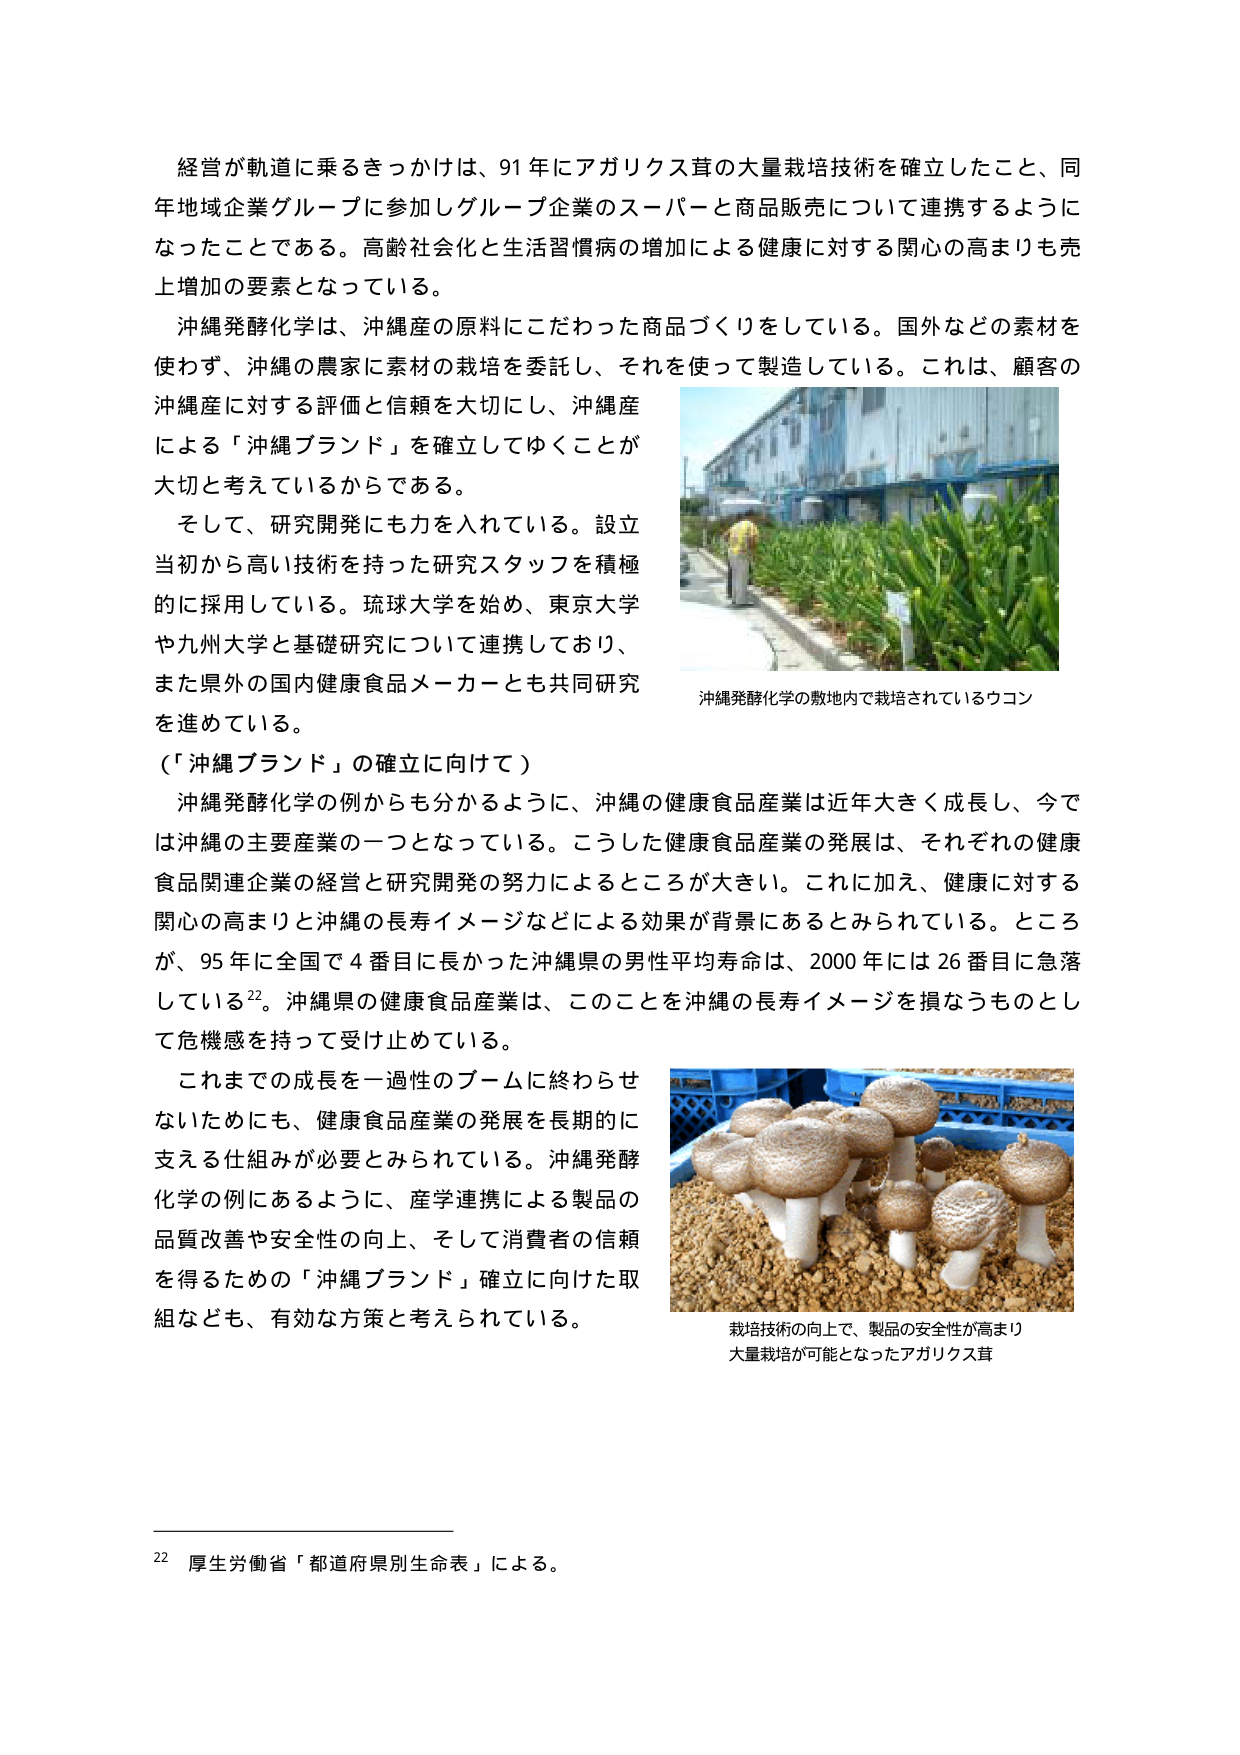
経営が軌道に乗るきっかけは、91年にアガリクス茸の大量栽培技術を確立したこと、同年地域企業グループに参加しグループ企業のスーパーと商品販売について連携するようになったことである。高齢社会化と生活習慣病の増加による健康に対する関心の高まりも売上増加の要素となっている。

沖縄発酵化学は、沖縄産の原料にこだわった商品づくりをしている。国外などの素材を使わず、沖縄の農家に素材の栽培を委託し、それを使って製造している。これは、顧客の沖縄産に対する評価と信頼を大切にし、沖縄産による「沖縄ブランド」を確立してゆくことが大切と考えているからである。

そして、研究開発にも力を入れている。設立当初から高い技術を持った研究スタッフを積極的に採用している。琉球大学を始め、東京大学や九州大学と基礎研究について連携しており、また県外の国内健康食品メーカーとも共同研究を進めている。

（「沖縄ブランド」の確立に向けて）

沖縄発酵化学の例からも分かるように、沖縄の健康食品産業は近年大きく成長し、今では沖縄の主要産業の一つとなっている。こうした健康食品産業の発展は、それぞれの健康食品関連企業の経営と研究開発の努力によるところが大きい。これに加え、健康に対する関心の高まりと沖縄の長寿イメージなどによる効果が背景にあるとみられている。ところが、95年に全国で4番目に長かった沖縄県の男性平均寿命は、2000年には26番目に急落している22。沖縄県の健康食品産業は、このことを沖縄の長寿イメージを損なうものとして危機感を持って受け止めている。

これまでの成長を一過性のブームに終わらせないためにも、健康食品産業の発展を長期的に支える仕組みが必要とみられている。沖縄発酵化学の例にあるように、産学連携による製品の品質改善や安全性の向上、そして消費者の信頼を得るための「沖縄ブランド」確立に向けた取組なども、有効な方策と考えられている。

沖縄発酵化学の敷地内で栽培されているウコン

栽培技術の向上で、製品の安全性が高まり大量栽培が可能となったアガリクス茸

22 厚生労働省「都道府県別生命表」による。